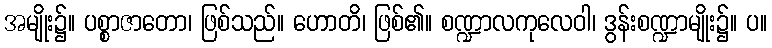
အမျိုး၌။ ပစ္စာဇာတော၊ ဖြစ်သည်။ ဟောတိ၊ ဖြစ်၏။ စဏ္ဍာလကုလေဝါ၊ ဒွန်းစဏ္ဍာမျိုး၌။ ပ။